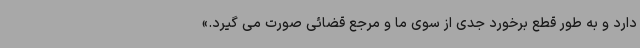
دارد و به طور قطع برخورد جدی از سوی ما و مرجع قضائی صورت می گیرد.»